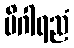
မိဂါရညံ